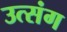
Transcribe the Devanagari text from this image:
उत्संग